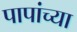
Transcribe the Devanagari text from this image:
पापांच्या